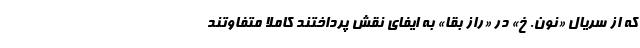
که از سریال «نون. خ» در «راز بقا» به ایفای نقش پرداختند کاملا متفاوتند